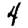
Digit: 4